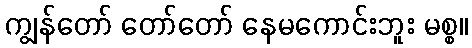
ကျွန်တော် တော်တော် နေမကောင်းဘူး မစ္စ။